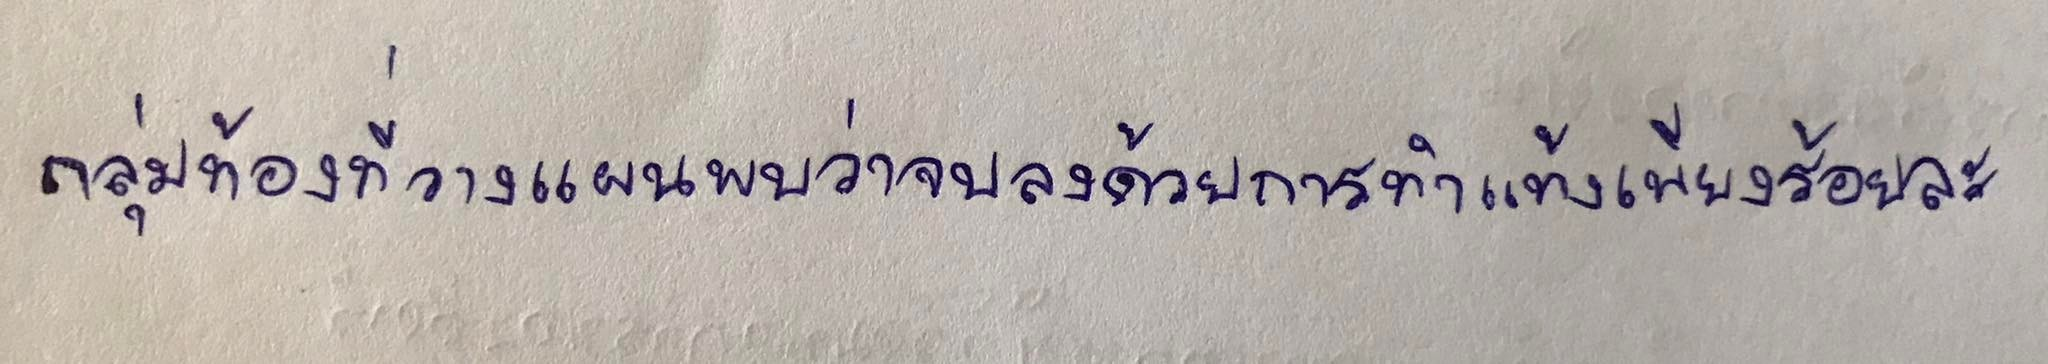
กลุ่มท้องที่วางแผนพบว่าจบลงด้วยการทำแท้งเพียงร้อยละ